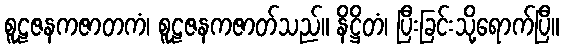
စူဠဇနကဇာတကံ၊ စူဠဇနကဇာတ်သည်။ နိဋ္ဌိတံ၊ ပြီးခြင်းသို့ရောက်ပြီ။